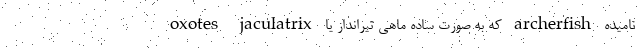
oxotes jaculatrix که به صورت ساده ماهی تیرانداز یا archerfish نامیده